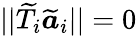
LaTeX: ||\widetilde{T}_{i}\widetilde{\boldsymbol{a}}_{i}||=0